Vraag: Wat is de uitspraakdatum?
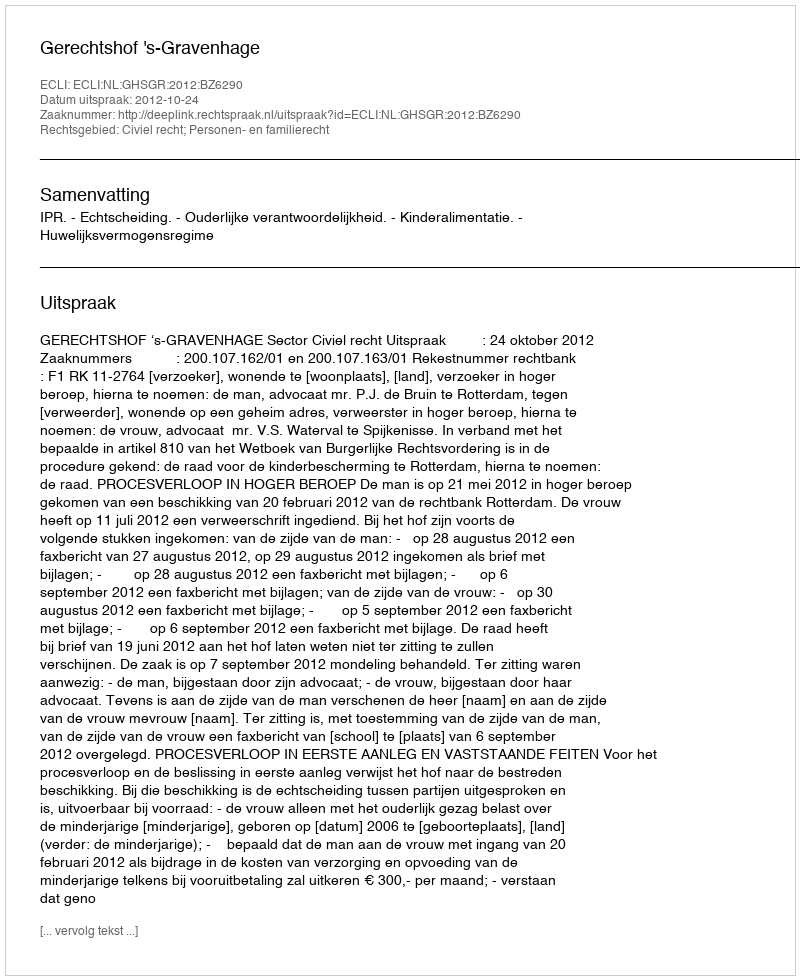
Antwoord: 2012-10-24